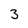
Character: 3